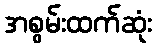
အစွမ်းထက်ဆုံး